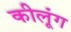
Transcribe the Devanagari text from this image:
कीलूंग